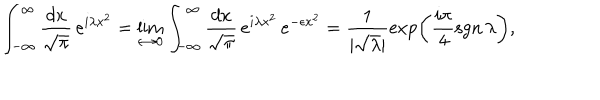
LaTeX: \int _ { - \infty } ^ { \infty } \frac { d x } { \sqrt { \pi } } \, e ^ { i \lambda x ^ { 2 } } = \lim _ { \epsilon \rightarrow 0 } \int _ { - \infty } ^ { \infty } \frac { d x } { \sqrt { \pi } } \, e ^ { i \lambda x ^ { 2 } } \, e ^ { - \epsilon x ^ { 2 } } = \frac { 1 } { | \sqrt { \lambda } | } \exp \left( \frac { i \pi } { 4 } \mathrm { s g n } \, \lambda \right) ,